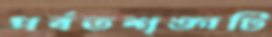
পর্বতশৃঙ্গটি